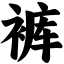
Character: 裤